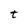
Character: t